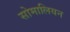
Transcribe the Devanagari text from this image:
सोमालियन